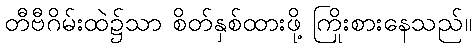
တီဗီဂိမ်းထဲ၌သာ စိတ်နှစ်ထားဖို့ ကြိုးစားနေသည်။